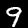
Digit: 9